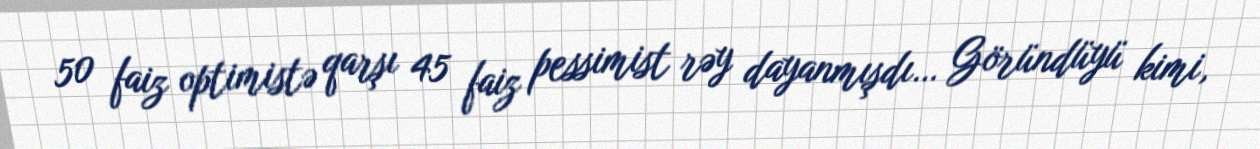
50 faiz optimistə qarşı 45 faiz pessimist rəy dayanmışdı… Göründüyü kimi,